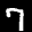
Label: 7